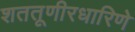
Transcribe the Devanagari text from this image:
शततूणीरधारिणे